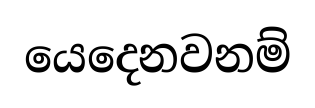
යෙදෙනවනම්